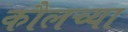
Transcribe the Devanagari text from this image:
कौलच्या